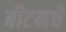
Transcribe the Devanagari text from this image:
बीटनचे